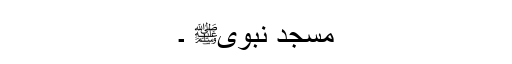
مسجد نبویﷺ ۔